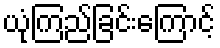
ယုံကြည်ခြင်းကြောင့်